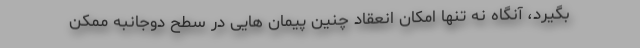
بگیرد، آنگاه نه تنها امکان انعقاد چنین پیمان هایی در سطح دوجانبه ممکن